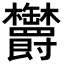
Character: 𣡸